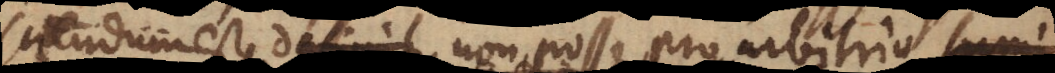
sciendum est, definit non posse pro arbitrio su